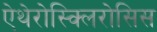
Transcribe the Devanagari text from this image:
ऐथेरोस्क्लिरोसिस